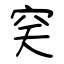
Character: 穾